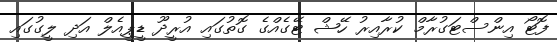
ފޮޓޯ އިންސްޓަގުރާމް ކުރާއިރު ހޭޝް ޓޭގެއްގެ ގޮތުގައި އުރީދޫ ޑީޕީއެލް އަދި ލީގުގައި